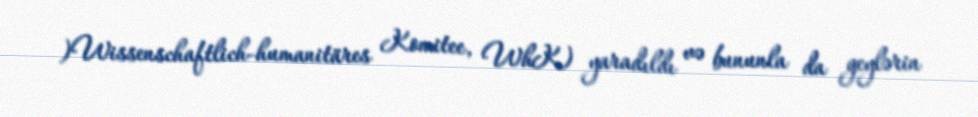
)Wissenschaftlich-humanitäres Komitee, WhK) yaradıldı və bununla da geylərin